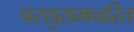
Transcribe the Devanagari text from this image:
परशुरामचरित